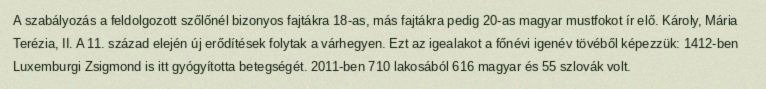
A szabályozás a feldolgozott szőlőnél bizonyos fajtákra 18-as, más fajtákra pedig 20-as magyar mustfokot ír elő. Károly, Mária Terézia, II. A 11. század elején új erődítések folytak a várhegyen. Ezt az igealakot a főnévi igenév tövéből képezzük: 1412-ben Luxemburgi Zsigmond is itt gyógyította betegségét. 2011-ben 710 lakosából 616 magyar és 55 szlovák volt.